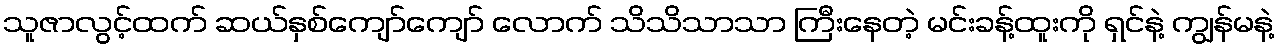
သူဇာလွင့်ထက် ဆယ်နှစ်ကျော်ကျော် လောက် သိသိသာသာ ကြီးနေတဲ့ မင်းခန့်ထူးကို ရှင်နဲ့ ကျွန်မနဲ့